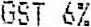
GST 6%